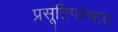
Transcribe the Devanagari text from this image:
प्रसूतिपश्चात